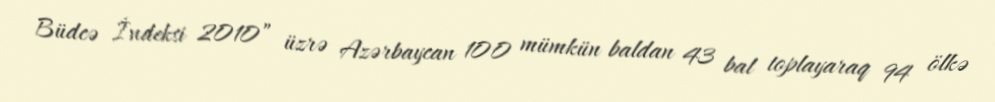
Büdcə İndeksi 2010” üzrə Azərbaycan 100 mümkün baldan 43 bal toplayaraq 94 ölkə